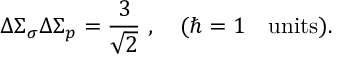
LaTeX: \Delta \Sigma _ { \sigma } \Delta \Sigma _ { p } = { \frac { 3 } { \sqrt 2 } } \ , \quad ( \hbar = 1 \quad \mathrm { u n i t s } ) .